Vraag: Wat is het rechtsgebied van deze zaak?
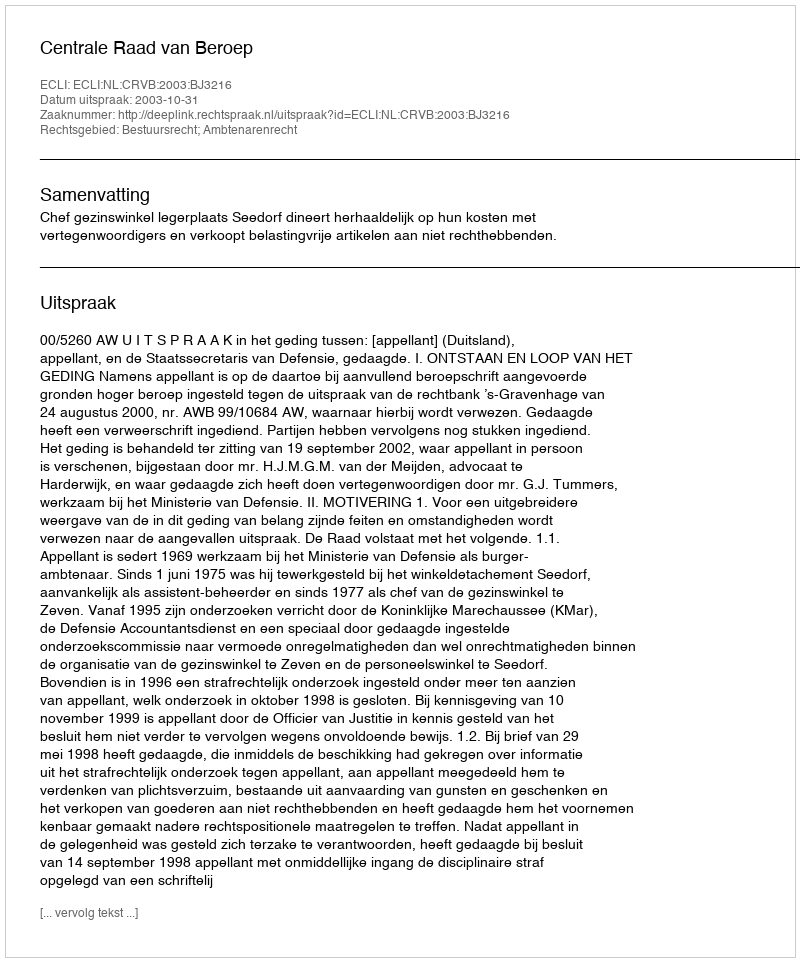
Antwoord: Bestuursrecht; Ambtenarenrecht